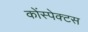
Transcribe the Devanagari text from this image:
कोंस्पेक्टस